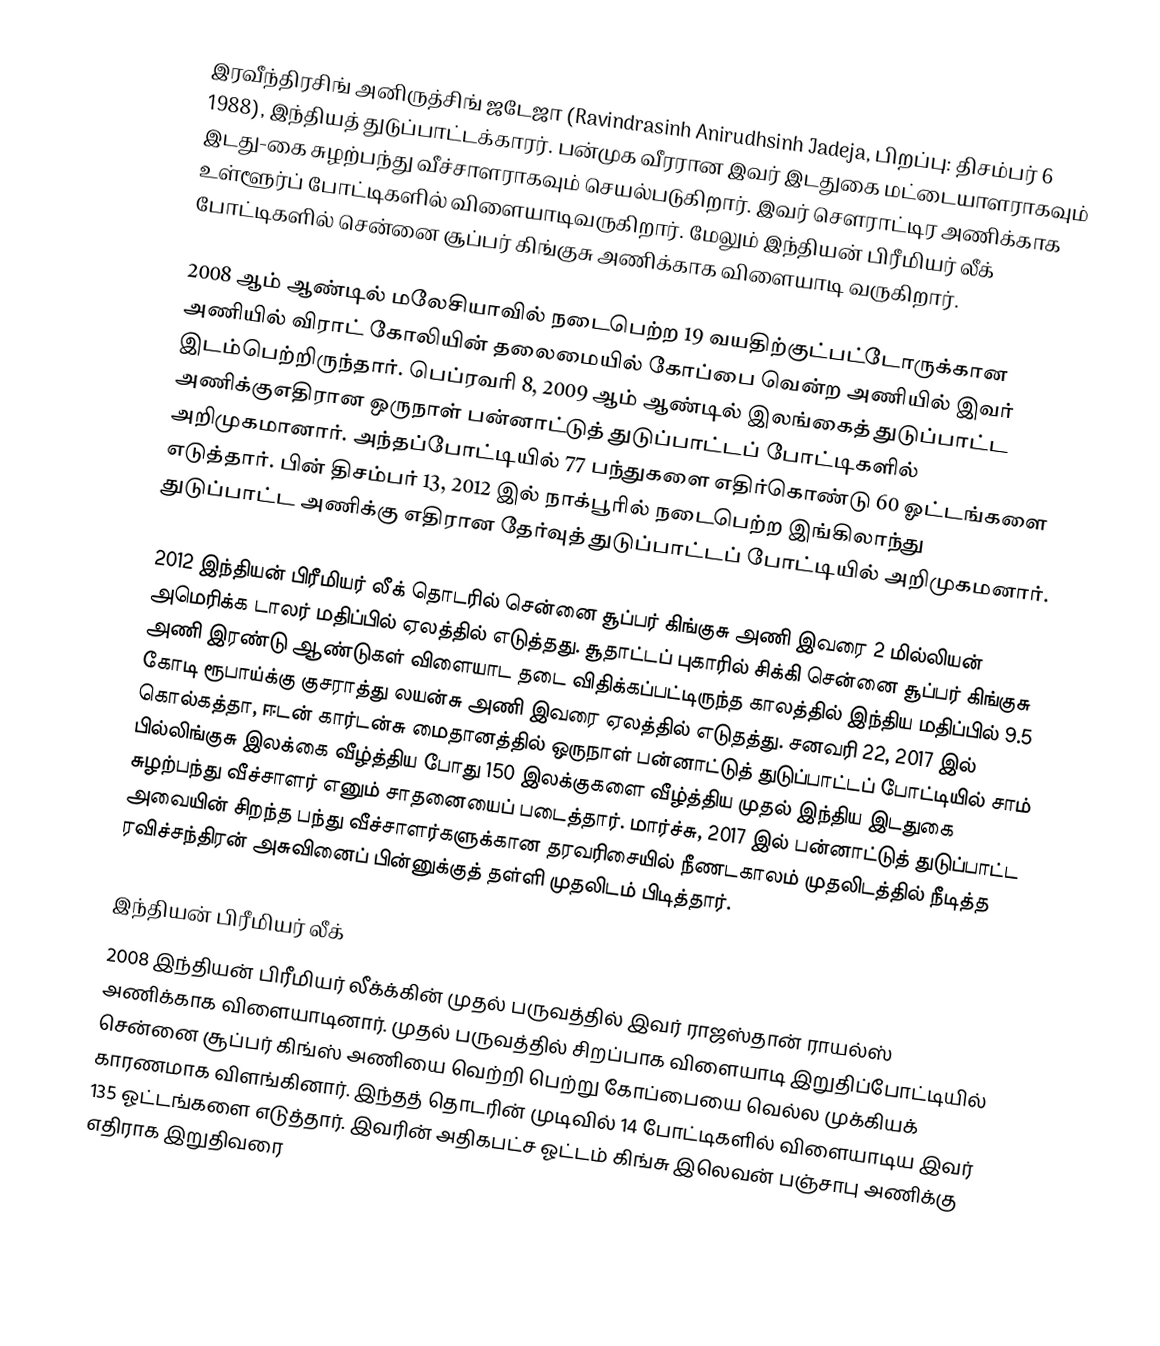
இரவீந்திரசிங் அனிருத்சிங் ஜடேஜா  (Ravindrasinh Anirudhsinh Jadeja, பிறப்பு: திசம்பர் 6 1988), இந்தியத் துடுப்பாட்டக்காரர். பன்முக வீரரான இவர் இடதுகை மட்டையாளராகவும் இடது-கை சுழற்பந்து வீச்சாளராகவும் செயல்படுகிறார். இவர் சௌராட்டிர அணிக்காக உள்ளூர்ப் போட்டிகளில் விளையாடிவருகிறார். மேலும் இந்தியன் பிரீமியர் லீக் போட்டிகளில் சென்னை சூப்பர் கிங்குசு அணிக்காக விளையாடி வருகிறார்.

2008 ஆம் ஆண்டில் மலேசியாவில் நடைபெற்ற 19 வயதிற்குட்பட்டோருக்கான அணியில் விராட் கோலியின் தலைமையில் கோப்பை வென்ற அணியில் இவர் இடம்பெற்றிருந்தார். பெப்ரவரி 8, 2009 ஆம் ஆண்டில் இலங்கைத் துடுப்பாட்ட அணிக்குஎதிரான ஒருநாள் பன்னாட்டுத் துடுப்பாட்டப் போட்டிகளில் அறிமுகமானார். அந்தப்போட்டியில் 77 பந்துகளை எதிர்கொண்டு 60 ஓட்டங்களை எடுத்தார். பின் திசம்பர் 13, 2012 இல் நாக்பூரில் நடைபெற்ற இங்கிலாந்து துடுப்பாட்ட அணிக்கு எதிரான தேர்வுத் துடுப்பாட்டப் போட்டியில் அறிமுகமனார்.

2012 இந்தியன் பிரீமியர் லீக் தொடரில் சென்னை சூப்பர் கிங்குசு அணி இவரை 2 மில்லியன் அமெரிக்க டாலர் மதிப்பில் ஏலத்தில் எடுத்தது. சூதாட்டப் புகாரில் சிக்கி சென்னை சூப்பர் கிங்குசு அணி இரண்டு ஆண்டுகள் விளையாட தடை விதிக்கப்பட்டிருந்த காலத்தில் இந்திய மதிப்பில் 9.5 கோடி ரூபாய்க்கு குசராத்து லயன்சு அணி இவரை ஏலத்தில் எடுதத்து. சனவரி 22, 2017 இல் கொல்கத்தா, ஈடன் கார்டன்சு மைதானத்தில் ஒருநாள் பன்னாட்டுத் துடுப்பாட்டப் போட்டியில் சாம் பில்லிங்குசு இலக்கை வீழ்த்திய போது 150 இலக்குகளை வீழ்த்திய முதல் இந்திய இடதுகை சுழற்பந்து வீச்சாளர் எனும் சாதனையைப் படைத்தார். மார்ச்சு, 2017 இல் பன்னாட்டுத் துடுப்பாட்ட அவையின் சிறந்த பந்து வீச்சாளர்களுக்கான தரவரிசையில் நீணடகாலம் முதலிடத்தில் நீடித்த ரவிச்சந்திரன் அசுவினைப் பின்னுக்குத் தள்ளி முதலிடம் பிடித்தார்.

இந்தியன் பிரீமியர் லீக்
2008 இந்தியன் பிரீமியர் லீக்க்கின் முதல் பருவத்தில் இவர் ராஜஸ்தான் ராயல்ஸ் அணிக்காக விளையாடினார். முதல் பருவத்தில் சிறப்பாக விளையாடி இறுதிப்போட்டியில் சென்னை சூப்பர் கிங்ஸ் அணியை வெற்றி பெற்று கோப்பையை வெல்ல முக்கியக் காரணமாக விளங்கினார். இந்தத் தொடரின் முடிவில் 14 போட்டிகளில் விளையாடிய இவர் 135 ஓட்டங்களை எடுத்தார். இவரின் அதிகபட்ச ஓட்டம் கிங்சு இலெவன் பஞ்சாபு அணிக்கு எதிராக இறுதிவரை